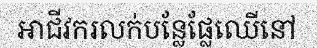
អាជីវករលក់បន្លែផ្លែឈើនៅ